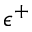
\epsilon ^ { + }